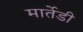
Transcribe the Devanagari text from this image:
मार्तेडी